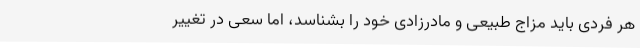
هر فردی باید مزاج طبیعی و مادرزادی خود را بشناسد، اما سعی در تغییر